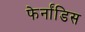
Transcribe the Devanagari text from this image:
फेर्नांडिस